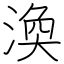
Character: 渙